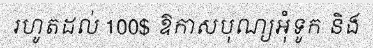
រហូតដល់ 100$ ឱកាសបុណ្យអុំទូក និង